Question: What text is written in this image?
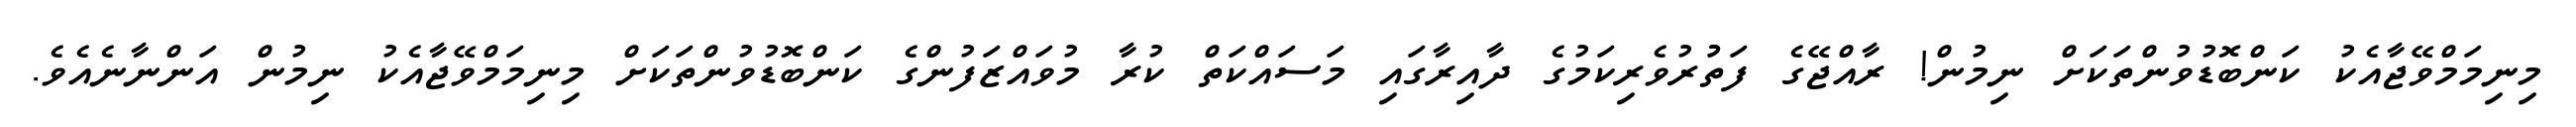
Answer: މިނިމަމްވޭޖާއެކު ކަންބޮޑުވުންތަކަށް ނިމުން! ރާއްޖޭގެ ފަތުުރުވެރިކަމުގެ ދާއިރާގައި މަސައްކަތް ކުރާ މުވައްޒަފުންގެ ކަންބޮޑުވުންތަކަށް މިނިމަމްވޭޖާއެކު ނިމުން އަންނާނެއެވެ.